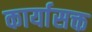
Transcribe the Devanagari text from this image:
कार्यासक्त